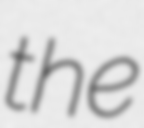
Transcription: the